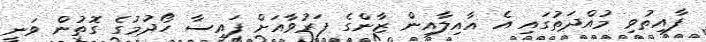
ފާއިތުވި މުއްދަތުގައި އެ އާއިލާއިން ޒާންގެ ފަރުވާއަށް ފައިސާ ހޯދުމުގެ ގޮތުން ވަނީ